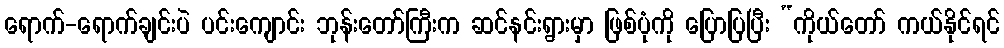
ရောက်-ရောက်ချင်းပဲ ပင်းကျောင်း ဘုန်းတော်ကြီးက ဆင်နင်းရွားမှာ ဖြစ်ပုံကို ပြောပြပြီး “ကိုယ်တော် ကယ်နိုင်ရင်